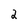
Character: 2